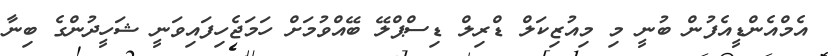
އެމްއެންޑީއެފުން ބުނީ މި މިއުޒިކަލް ޑްރިލް ޑިސްޕްލޭ ބޭއްވުމަށް ހަމަޖެހިފައިވަނީ ޝަހީދުންގެ ބިނާ